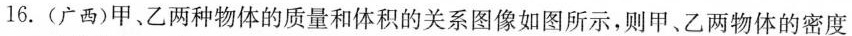
16.(广西)甲、乙两种物体的质量和体积的关系图像如图所示，则甲、乙两物体的密度